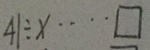
4 1 \div x \cdots \square